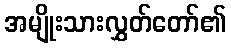
အမျိုးသားလွှတ်တော်၏